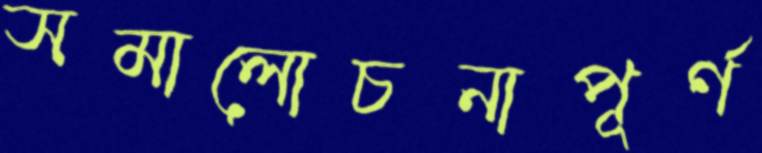
সমালোচনাপূর্ণ